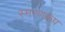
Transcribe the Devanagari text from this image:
स्मरणरूप